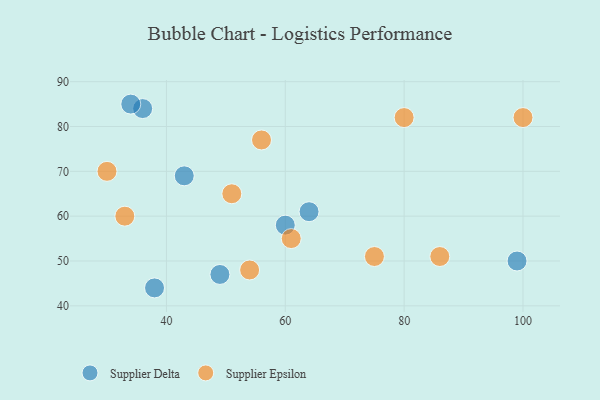
{"axis": {"x": "GDP", "y": "Life Expectancy"}, "legend": ["Supplier Delta", "Supplier Epsilon"], "data": [{"x": "38", "y": 44, "type": "Supplier Delta"}, {"x": "64", "y": 61, "type": "Supplier Delta"}, {"x": "36", "y": 84, "type": "Supplier Delta"}, {"x": "60", "y": 58, "type": "Supplier Delta"}, {"x": "34", "y": 85, "type": "Supplier Delta"}, {"x": "43", "y": 69, "type": "Supplier Delta"}, {"x": "99", "y": 50, "type": "Supplier Delta"}, {"x": "49", "y": 47, "type": "Supplier Delta"}, {"x": "51", "y": 65, "type": "Supplier Epsilon"}, {"x": "75", "y": 51, "type": "Supplier Epsilon"}, {"x": "30", "y": 70, "type": "Supplier Epsilon"}, {"x": "56", "y": 77, "type": "Supplier Epsilon"}, {"x": "33", "y": 60, "type": "Supplier Epsilon"}, {"x": "86", "y": 51, "type": "Supplier Epsilon"}, {"x": "61", "y": 55, "type": "Supplier Epsilon"}, {"x": "80", "y": 82, "type": "Supplier Epsilon"}, {"x": "100", "y": 82, "type": "Supplier Epsilon"}, {"x": "54", "y": 48, "type": "Supplier Epsilon"}]}